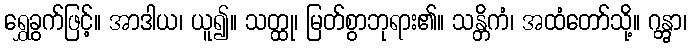
ရွှေခွက်ဖြင့်။ အာဒါယ၊ ယူ၍။ သတ္ထု၊ မြတ်စွာဘုရား၏။ သန္တိကံ၊ အထံတော်သို့။ ဂန္တွာ၊